Black-water fever - Number 35
Disease focus: Fever
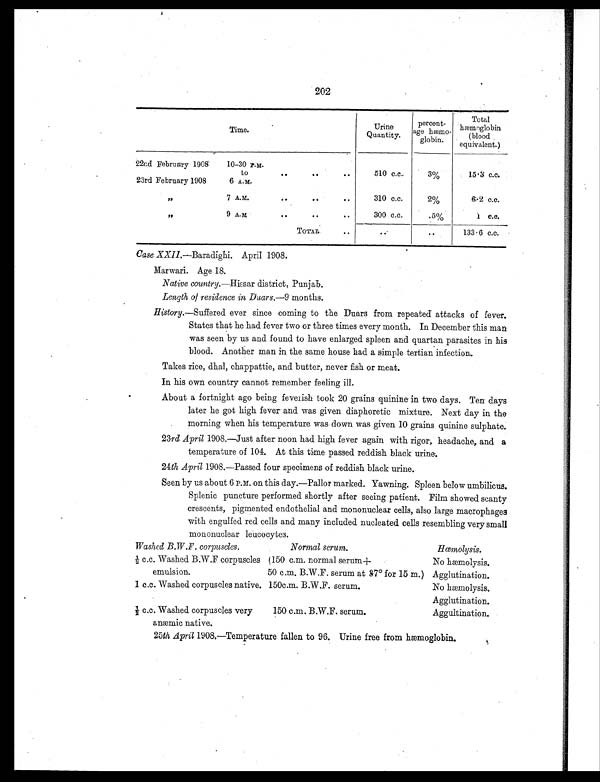
202
Time.
Urine
Quantity.
percent-
age hæmo-
globin.
Total
hæmoglobin
(blood
equivalent.)
22nd February 1908
10-30 P.M.
to
..
. .
. .
510 c.c.
3%
15.3 c.c.
23rd February 1908
6 A.M.
"
7 A.M.
. . ..
310 c.c.
2%
6.2 c.c.
"
9 A.M. .. . . . .
300 c.c.
. 5 %
1 c.c.
TOTAL
.
. .
. . 133.6 c.c.
Case XXII.—Baradighi. April 1908.
Marwari. Age 18.
Native country. —Hissar district, Punjab.
Length of residence in Duars.— 9 months.
History. —Suffered ever since coming to the Duars from repeated attacks of fever.
States that he had fever two or three times every month. In December this man
was seen by us and found to have enlarged spleen and quartan parasites in his
blood. Another man in the same house had a simple tertian infection.
Takes rice, dhal, chappattie, and butter, never fish or meat.
In his own country cannot remember feeling ill.
About a fortnight ago being feverish took 20 grains quinine in two days. Ten days
later he got high fever and was given diaphoretic mixture. Next day in the
morning when his temperature was down was given 10 grains quinine sulphate.
23rd April 1908.—Just after noon had high fever again with rigor, headache, and a
temperature of 104. At this time passed reddish black urine.
24th April 1908.—Passed four specimens of reddish black urine.
Seen by us about 6 P.M. on this day.—Pallor marked. Yawning. Spleen below umbilicus.
Splenic puncture performed shortly after seeing patient. Film showed scanty
crescents, pigmented endothelial and mononuclear cells, also large macrophages
with engulfed red cells and many included nucleated cells resembling very small
mononuclear leucocytes.
Washed B.W.F. corpuscles.
Normal serum.
Hœmolysis.
½ c . c . W a s h e d B . W . F c o r p u s c l e s
emulsion.
(150 c.m. normal serum+
No hæmolysis.
50 c.m. B.W.F. serum at 37° for 15 m.) Agglutination.
1 c.c. Washed corpuscles native. 150c.m. B.W.F. serum.
No hæmolysis.
Agglutination.
½ c.c. Washed corpuscles very
anæmic native.
150 c.m. B.W.F. serum.
Aggultination.
25th April 1908.—Temperature fallen to 96. Urine free from hæmoglobin.